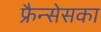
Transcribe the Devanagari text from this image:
फ्रैन्सेसका